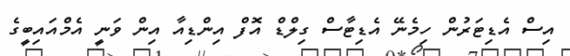
އިސް އެޑިޓަރުން ހިމެނޭ އެޑިޓާސް ގިލްޑް އޮފް އިންޑިއާ އިން ވަނީ އެމްއައިބީގެ